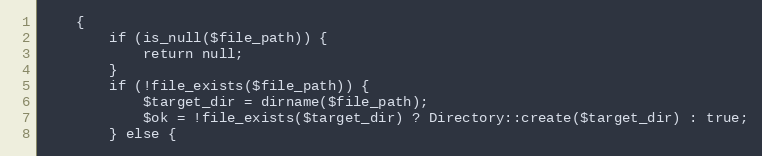
Language: PHP
    {
        if (is_null($file_path)) {
            return null;
        }
        if (!file_exists($file_path)) {
            $target_dir = dirname($file_path);
            $ok = !file_exists($target_dir) ? Directory::create($target_dir) : true;
        } else {